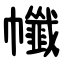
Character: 㡨